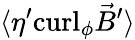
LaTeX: \langle\eta^{\prime}\mathrm{curl}_{\phi}{\vec{B}}^{\prime}\rangle